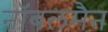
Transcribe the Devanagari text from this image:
नॉबलमैन